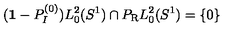
( { \bf 1 } - P _ { I } ^ { ( 0 ) } ) L _ { 0 } ^ { 2 } ( S ^ { 1 } ) \cap P _ { \mathrm { R } } L _ { 0 } ^ { 2 } ( S ^ { 1 } ) = \{ 0 \}